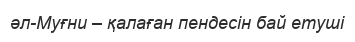
әл-Муғни – қалаған пендесін бай етуші